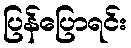
ပြန်ပြောရင်း